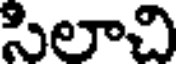
సిలాచి